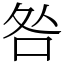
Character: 咎